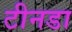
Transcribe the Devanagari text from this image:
टीनडा